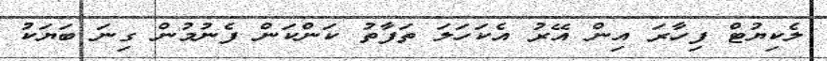
ލެކިޔުޓް ފިހާރަ އިން އޭރު އެކަހަލަ ތަފާތު ކަންކަން ފެނުމުން ގިނަ ބަޔަކު